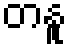
တနူ